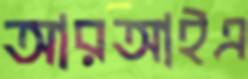
আরআইএ